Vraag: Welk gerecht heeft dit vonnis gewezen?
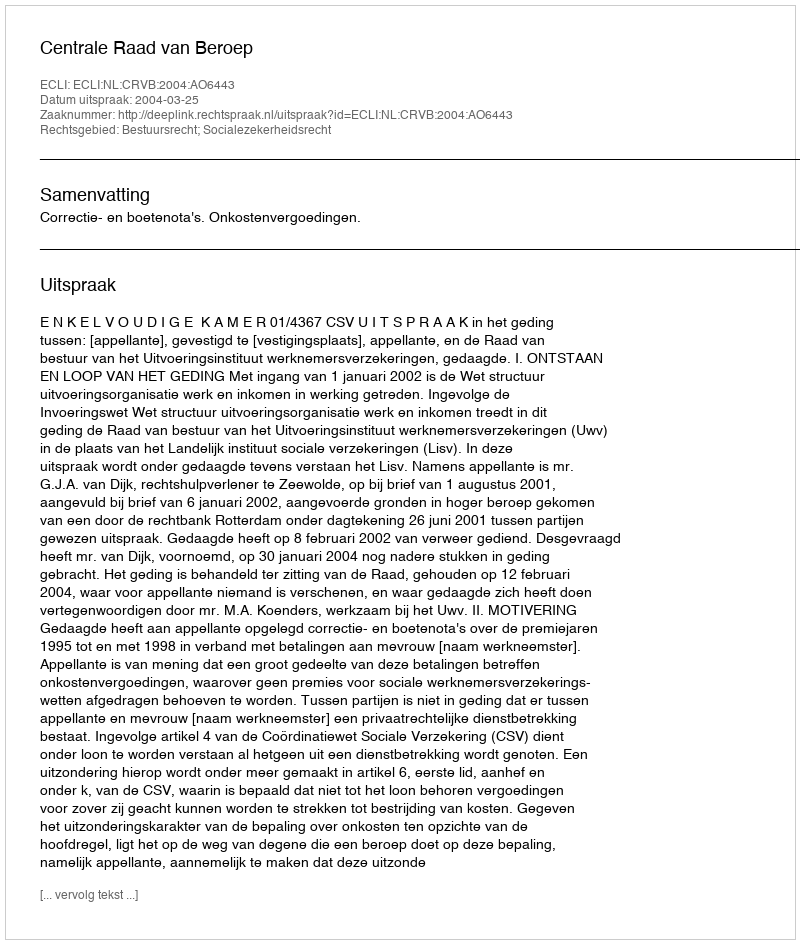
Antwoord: Centrale Raad van Beroep